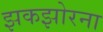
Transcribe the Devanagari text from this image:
झकझोरना